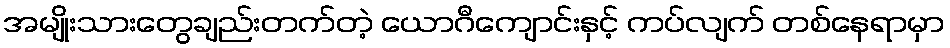
အမျိုးသားတွေချည်းတက်တဲ့ ယောဂီကျောင်းနှင့် ကပ်လျက် တစ်နေရာမှာ